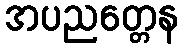
အပညတ္တေန